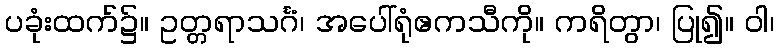
ပခုံးထက်၌။ ဥတ္တရာသင်္ဂံ၊ အပေါ်ရုံဧကသီကို။ ကရိတွာ၊ ပြု၍။ ဝါ၊